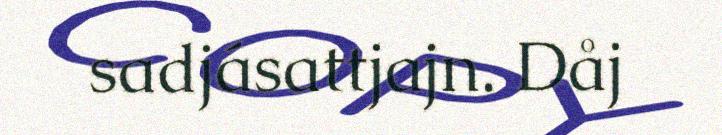
sadjásattjajn. Dåj